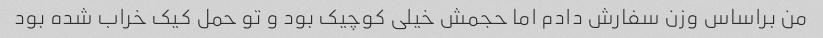
من براساس وزن سفارش دادم اما حجمش خیلی کوچیک بود و تو حمل کیک خراب شده بود